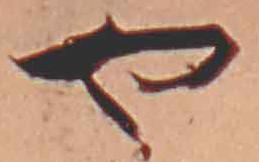
や